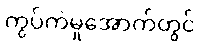
ကွပ်ကဲမှုအောက်တွင်